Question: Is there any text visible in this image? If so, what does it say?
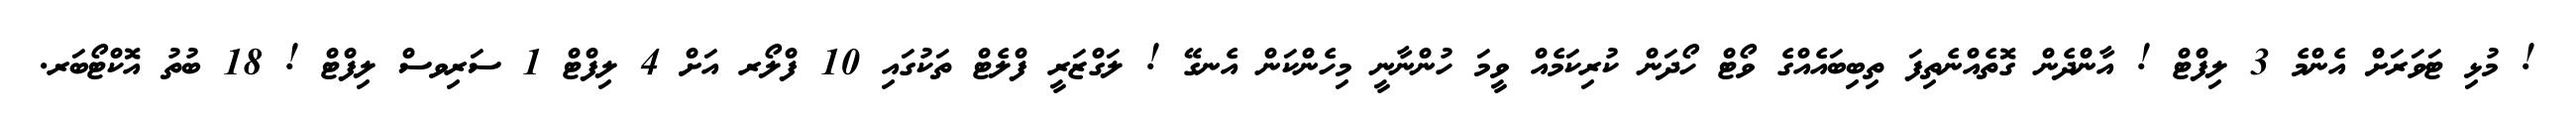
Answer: ! މުޅި ޓަވަރަށް އެންމެ 3 ލިފްޓް ! އާންދެން ގޮތެއްނެތިފަ ތިބިބައެއްގެ ވޯޓް ހޯދަން ކުރިކަމެއް ވީމަ ހުންނާނީ މިހެންކަން އެނގޭ ! ލަގްޒަރީ ފްލެޓް ތަކުގައި 10 ފްލޯރ އަށް 4 ލިފްޓް 1 ސަރިވސް ލިފްޓް ! 18 ބުތު އޮކްޓޯބަރ.